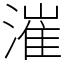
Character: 漼